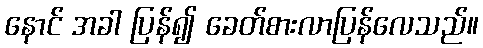
နောင် အခါ ပြန်၍ ခေတ်စားလာပြန်လေသည်။